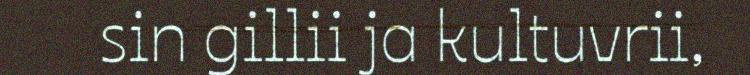
sin gillii ja kultuvrii,